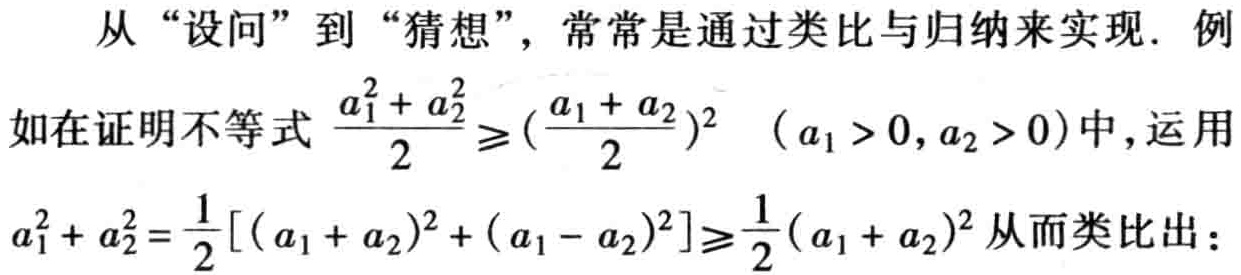
从“设问”到“猜想”，常常是通过类比与归纳来实现. 例如在证明不等式 \(\frac{a_{1}^{2}+a_{2}^{2}}{2}\geqslant(\frac{a_{1}+a_{2}}{2})^{2}\) \((a_{1}>0,a_{2}>0)\)中，运用\(a_{1}^{2}+a_{2}^{2}=\frac{1}{2}[(a_{1}+a_{2})^{2}+(a_{1}-a_{2})^{2}]\geqslant\frac{1}{2}(a_{1}+a_{2})^{2}\)从而类比出：